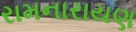
રામનારાયણ